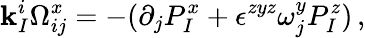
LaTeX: \mathbf{k}_{I}^{i}\Omega_{ij}^{x}=-(\partial_{j}P_{I}^{x}+\epsilon^{zyz}\omega_{j}^{y}P_{I}^{z})\, ,